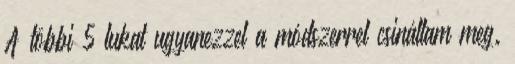
A többi 5 lukat ugyanezzel a módszerrel csináltam meg.